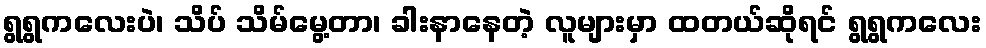
ရွရွကလေးပဲ၊ သိပ် သိမ်မွေ့တာ၊ ခါးနာနေတဲ့ လူများမှာ ထတယ်ဆိုရင် ရွရွကလေး